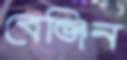
বেঞ্জিন